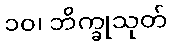
၁၀၊ ဘိက္ခုသုတ်